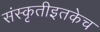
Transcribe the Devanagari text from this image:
संस्कृतीइतकेच